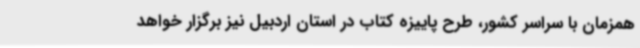
همزمان با سراسر کشور، طرح پاییزه کتاب در استان اردبیل نیز برگزار خواهد